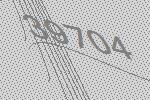
39704